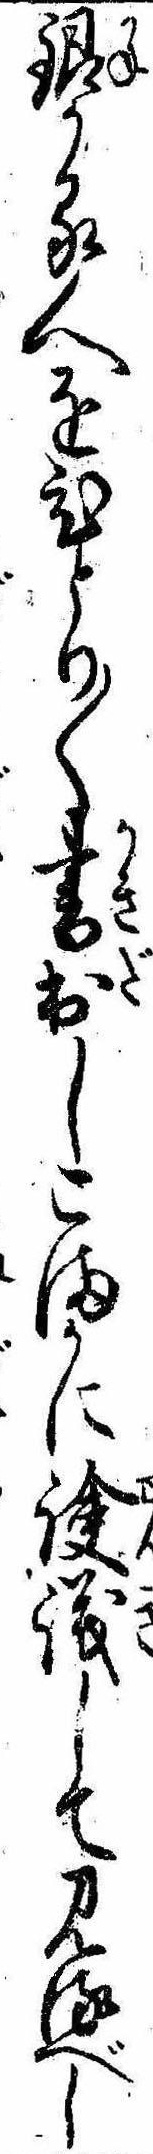
銀かる人をひとり〱書出しこまかに議して見るべし